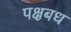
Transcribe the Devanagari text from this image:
पक्षबध